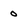
Character: 0